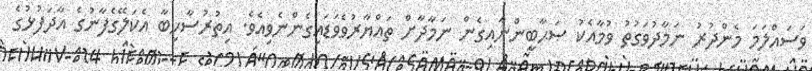
ވަސައްލަމަ މެންދުރު ނަމާދުވަގުތު ވުމާއެކު ޞަޙާބީންނާއިގެން ނަމާދާށް ތައްޔާރުވެވަޑައިގެންނެވިއެވެ. އިތުރުސާހިބާ އެކަލޭގެފާނުގެ އާދަފުޅުގެ